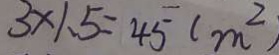
3 \times 1 . 5 = 4 5 ( m ^ { 2 } )